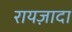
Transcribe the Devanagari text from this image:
रायज़ादा